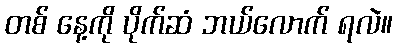
တစ် နေ့ကို ပိုက်ဆံ ဘယ်လောက် ရလဲ။